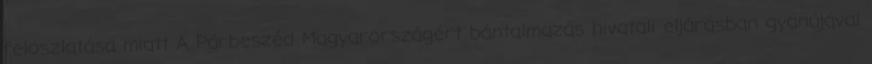
feloszlatása miatt A Párbeszéd Magyarországért bántalmazás hivatali eljárásban gyanújával